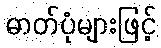
ဓာတ်ပုံများဖြင့်